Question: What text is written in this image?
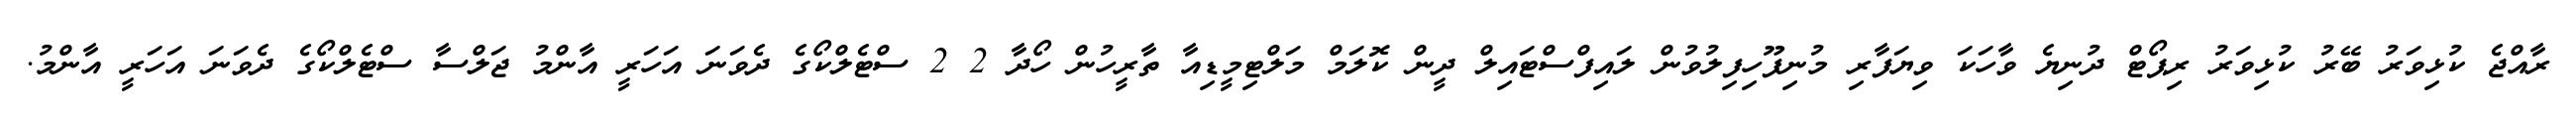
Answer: ރާއްޖެ ކުޅިވަރު ބޭރު ކުޅިވަރު ރިޕޯޓް ދުނިޔެ ވާހަކަ ވިޔަފާރި މުނިފޫހިފިލުވުން ލައިފްސްޓައިލް ދީން ކޮލަމް މަލްޓިމީޑިއާ ތާރީހުން ހޯދާ 2 2 ސްޓެލްކޯގެ ދެވަނަ އަހަރީ އާންމު ޖަލްސާ ސްޓެލްކޯގެ ދެވަނަ އަހަރީ އާންމު.